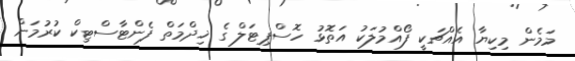
މަމެން މިކިޔާ އެއްޗަކީ ފޯއްމުލަކު އަތޮޅު ހޮސްޕިޓަލް ގެ ޚިދްމަތް ފެންޓާސްޓިކް ކުރުމަށް